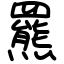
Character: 羆